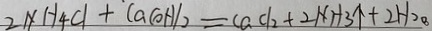
2 N H _ { 4 } C l + C a ( O H ) _ { 2 } = C a C l _ { 2 } + 2 N H _ { 3 } \uparrow + 2 H _ { 2 } o